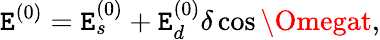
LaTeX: \mathtt{E}^{(0)}=\mathtt{E}_{s}^{(0)}+\mathtt{E}_{d}^{(0)}\delta\cos\Omegat,